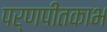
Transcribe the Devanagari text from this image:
पर्णपीतकाभ